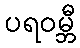
ပရဝမ္ဘီ